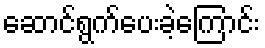
ဆောင်ရွက်ပေးခဲ့ကြောင်း